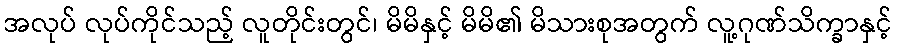
အလုပ် လုပ်ကိုင်သည့် လူတိုင်းတွင်၊ မိမိနှင့် မိမိ၏ မိသားစုအတွက် လူ့ဂုဏ်သိက္ခာနှင့်